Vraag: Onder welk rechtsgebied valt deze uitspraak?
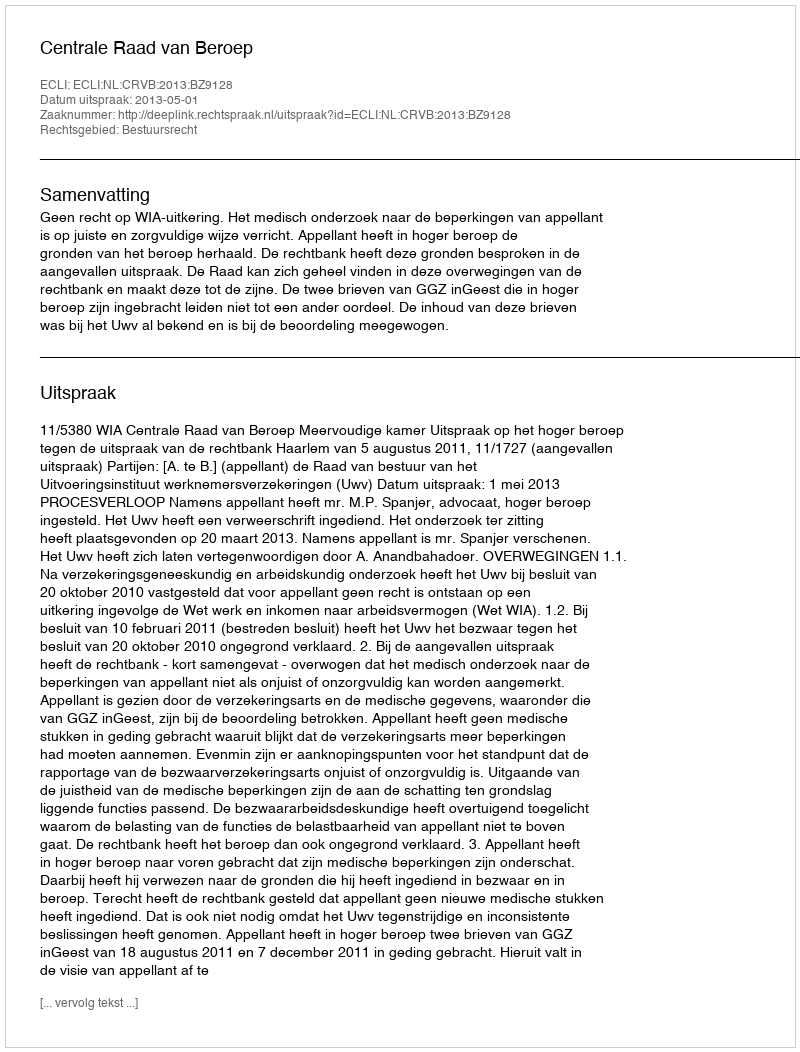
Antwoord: Bestuursrecht